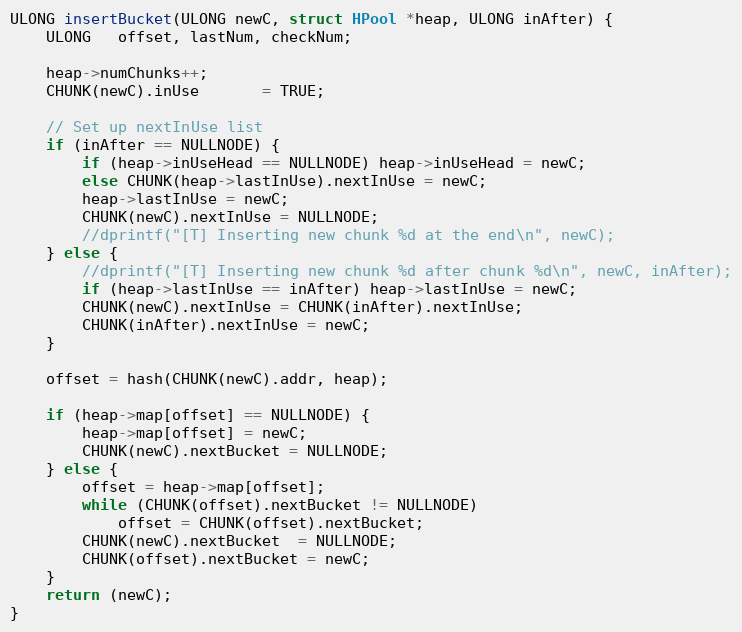
Language: C++
ULONG insertBucket(ULONG newC, struct HPool *heap, ULONG inAfter) {
    ULONG   offset, lastNum, checkNum;

    heap->numChunks++;
    CHUNK(newC).inUse       = TRUE;

    // Set up nextInUse list
	if (inAfter == NULLNODE) {
		if (heap->inUseHead == NULLNODE) heap->inUseHead = newC;
		else CHUNK(heap->lastInUse).nextInUse = newC;
		heap->lastInUse = newC;
		CHUNK(newC).nextInUse = NULLNODE;
		//dprintf("[T] Inserting new chunk %d at the end\n", newC);
	} else {
		//dprintf("[T] Inserting new chunk %d after chunk %d\n", newC, inAfter);
		if (heap->lastInUse == inAfter) heap->lastInUse = newC;
		CHUNK(newC).nextInUse = CHUNK(inAfter).nextInUse;
		CHUNK(inAfter).nextInUse = newC;
	}

    offset = hash(CHUNK(newC).addr, heap);

    if (heap->map[offset] == NULLNODE) {
        heap->map[offset] = newC;
        CHUNK(newC).nextBucket = NULLNODE;
    } else {
        offset = heap->map[offset];
        while (CHUNK(offset).nextBucket != NULLNODE)
            offset = CHUNK(offset).nextBucket;
        CHUNK(newC).nextBucket  = NULLNODE;
        CHUNK(offset).nextBucket = newC;
    }
    return (newC);
}